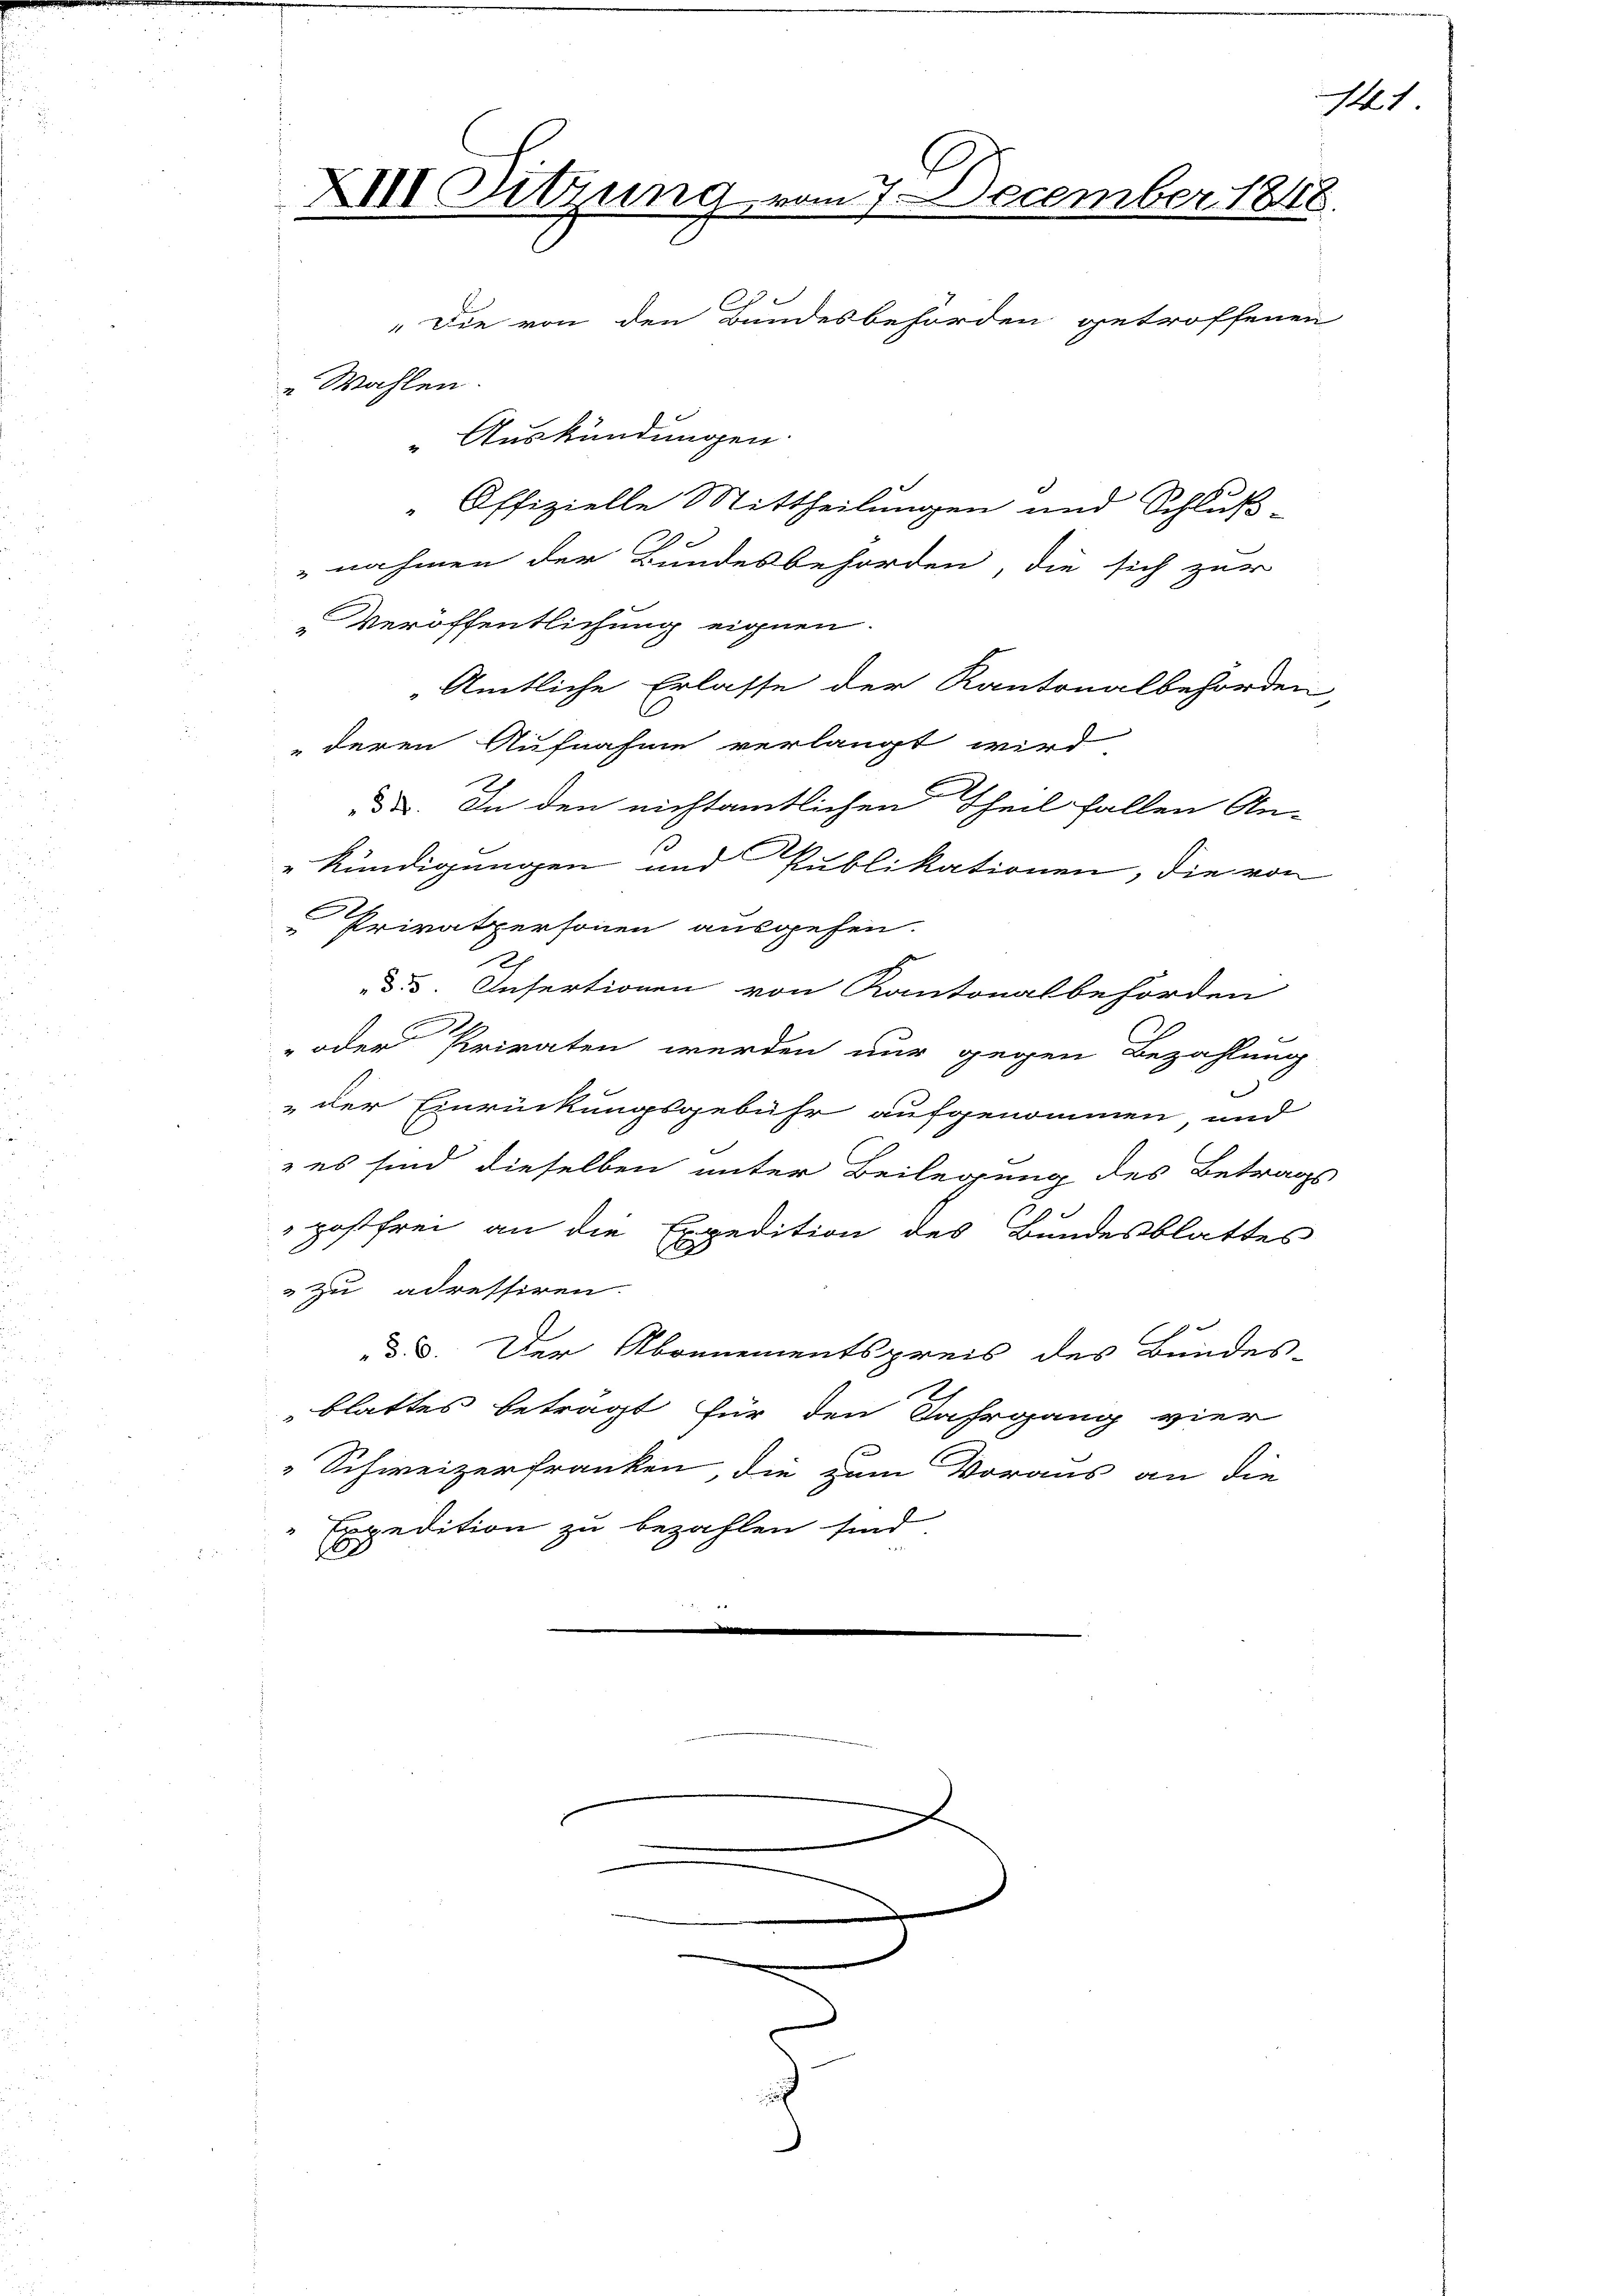
i
XIII Sitzung vom 7. December 1848.
C
"Die von den Bandesbehörden getroffenen
e Wahlen.
" Auskündungen.
 Offizielle Mittheilungen und Schluß-

A

141

nahmen der Bundesbehörden, die sich zur
Veröffentlichung eignen.
Amtliche Erlasse der Kantonalbehörden,
deren Aufnahme verlangt wird,
da. In den nichtamtlichen Theil fallen An-
„Kündigungen und Publikationen, die von
 Privatpersonen ausgehen.
e
d. 3. Infertionen von Kantonalbehörden
 oder Priraten werden nur gegen Bezahlung
"der Einrückungsgebühr aufgenommen und
 es sind dieselben unter Beilegung des Betrags
postfrei an die Expedition des Bundesblattes
zu adressiren.
d. d. Der Abonnementspreis des Bundes-
blattes beträgt für den Jahrgang vier
Schweizerfranken, die zum Voraus an die
Expedition zu bezahlen sind.
.
100